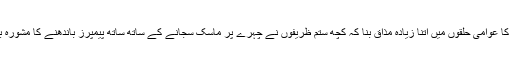
ان کے اس بیان کا عوامی حلقوں میں اتنا زیادہ مذاق بنا کہ کچھ ستم ظریفوں نے چہرے پر ماسک سجانے کے ساتھ ساتھ پیمپرز باندھنے کا مشورہ بھی دے دیا تھا۔